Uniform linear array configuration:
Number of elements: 4
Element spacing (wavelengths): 1
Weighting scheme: hamming
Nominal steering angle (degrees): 30
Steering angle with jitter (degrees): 29.039
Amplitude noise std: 0.05
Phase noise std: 0.05

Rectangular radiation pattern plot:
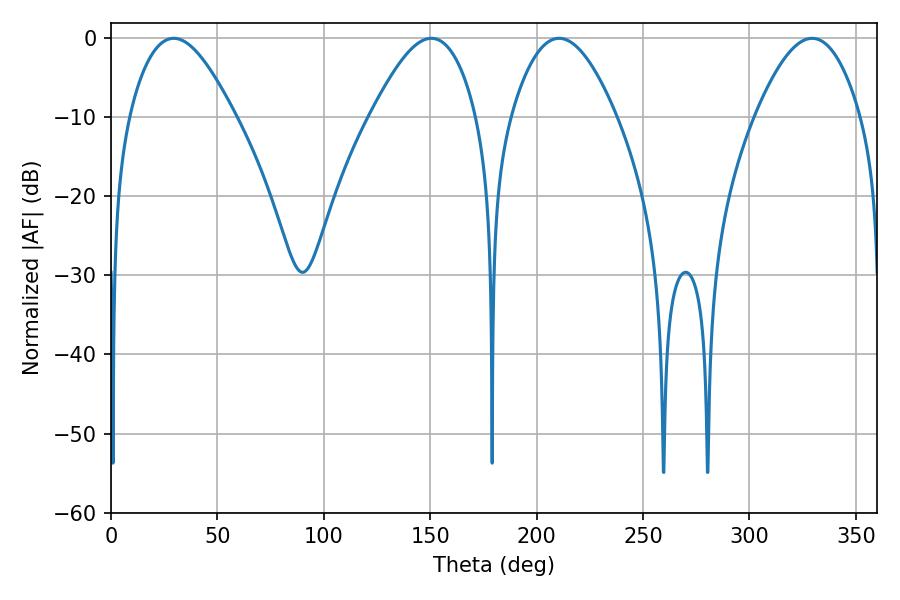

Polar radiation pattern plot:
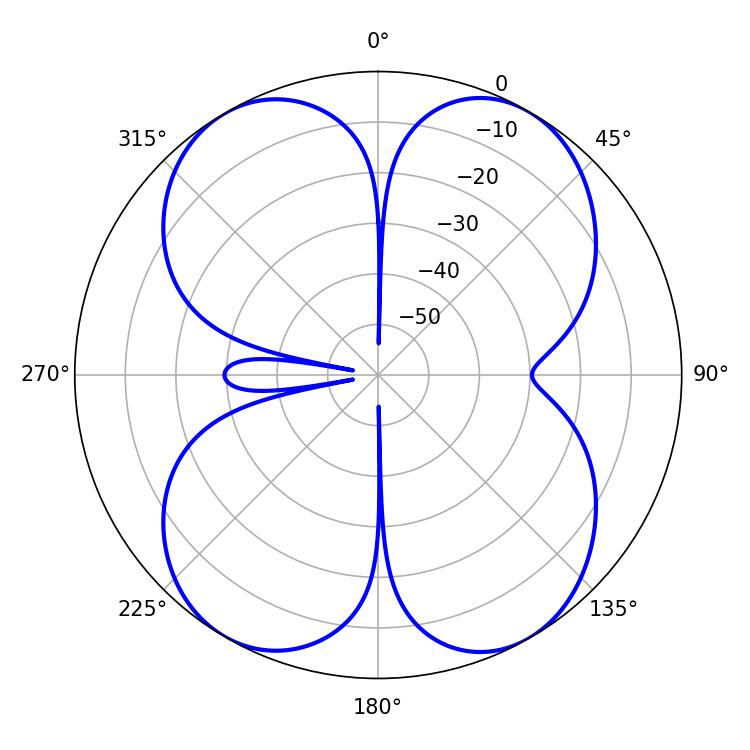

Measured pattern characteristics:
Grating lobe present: TRUE
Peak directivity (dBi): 25.081
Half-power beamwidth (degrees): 26.82
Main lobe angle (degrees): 29.52